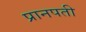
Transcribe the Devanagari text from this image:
प्रानपती